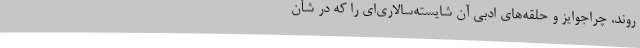
‌روند، چراجوایز و حلقه‌های ادبی آن شایسته‌سالاری‌ای را که در شأن